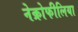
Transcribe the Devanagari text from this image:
नेक्रोफीलिया